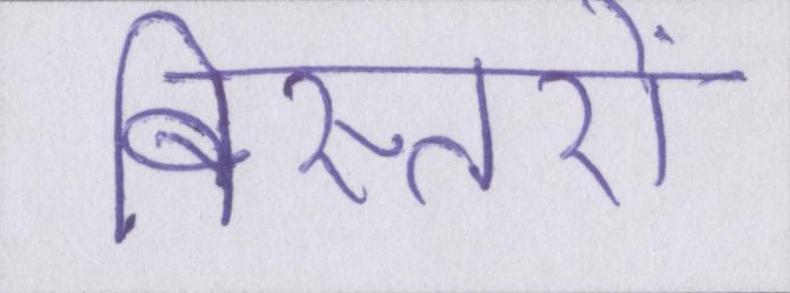
बिस्तरों